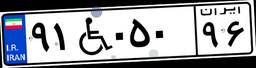
۹۱W۰۵۰۹۶